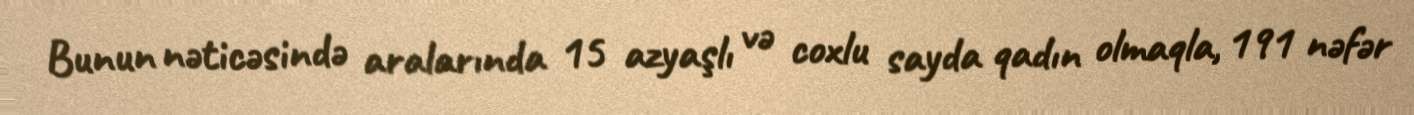
Bunun nəticəsində aralarında 15 azyaşlı və coxlu sayda qadın olmaqla, 191 nəfər